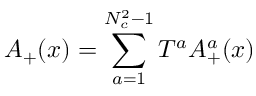
A _ { + } ( x ) = \sum _ { a = 1 } ^ { N _ { c } ^ { 2 } - 1 } T ^ { a } A _ { + } ^ { a } ( x )